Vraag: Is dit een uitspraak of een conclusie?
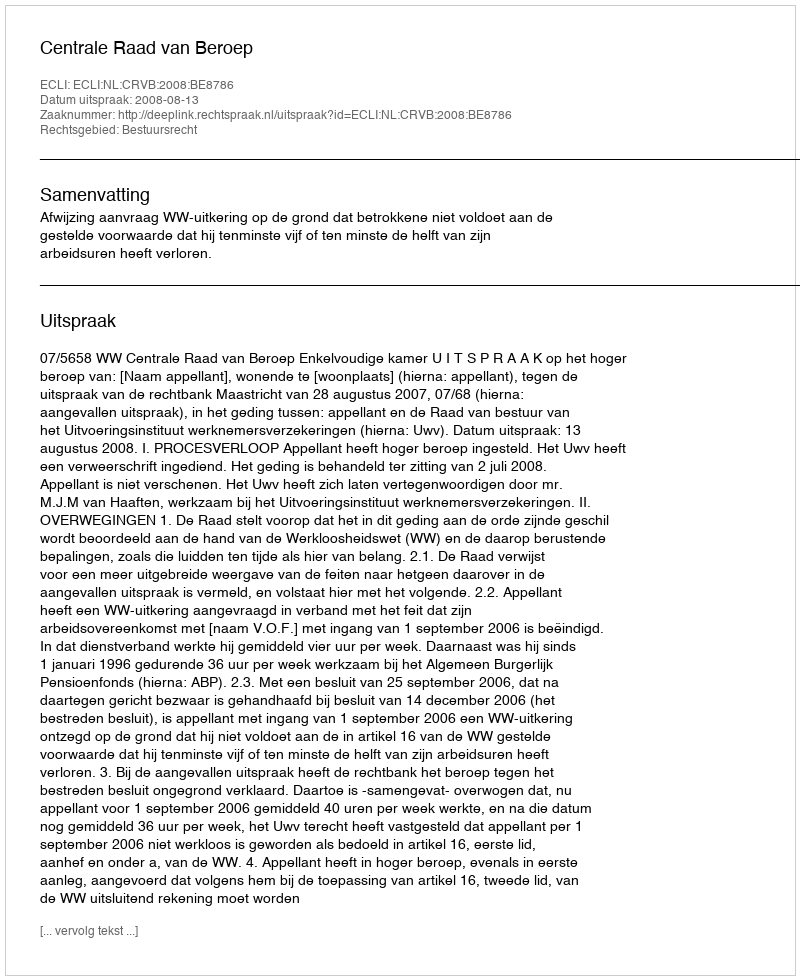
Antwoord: Uitspraak